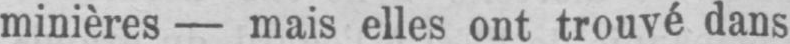
minières - mais elles ont trouvé dans